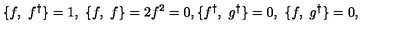
\{ f , \ f ^ { \dagger } \} = 1 , \ \{ f , \ f \} = 2 f ^ { 2 } = 0 , \{ f ^ { \dagger } , \ g ^ { \dagger } \} = 0 , \ \{ f , \ g ^ { \dagger } \} = 0 ,